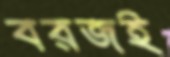
বরজই